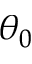
\theta _ { 0 }